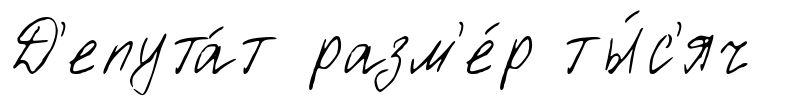
Д'епута́т разм'е́р ты́с'яч